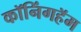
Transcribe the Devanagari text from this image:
कॉनिंगहॅम